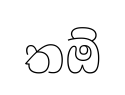
තඕ